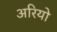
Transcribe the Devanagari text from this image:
अरियो